Document type: Sale
Year: 1423
Scribe: Joan Franc
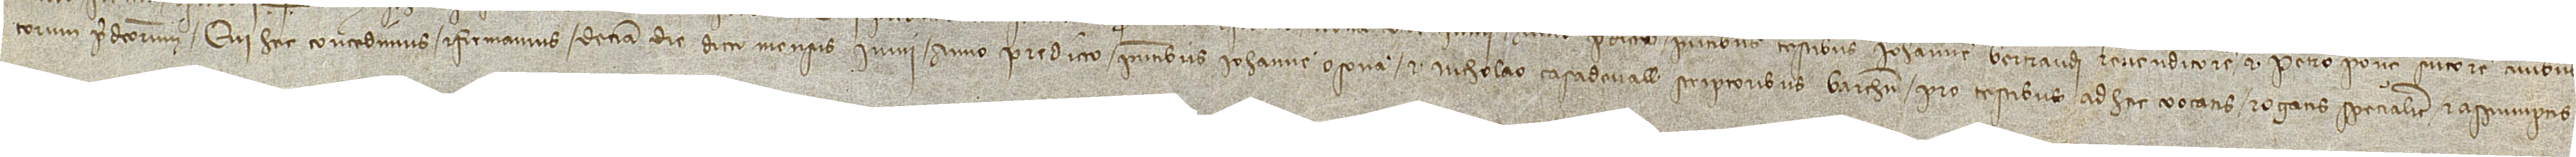
torum predictorum, qui hec concedimus et firmamus decima die dicti mensis iunii, anno predicto, presentibus Iohanne Osona et Nicholao Casadevall, scriptoribus Barchinone, pro testibus ad hec vocatis, rogatis specialiter et assumptis.